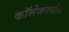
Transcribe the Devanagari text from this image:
कॉलेजवयीन